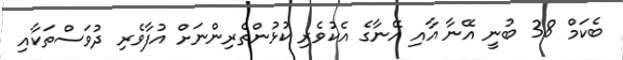
ބެކަމް 38 ބުނީ އޭނާ އާއި އޭނާގެ އެކުވެރި ކުޅުންތެރިންނަށް އުފާވެރި ދުވަސްތަކާއި